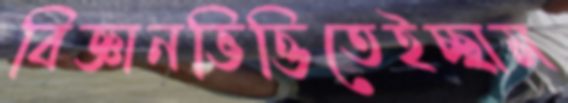
বিজ্ঞানভিত্তিতেইচ্ছাম